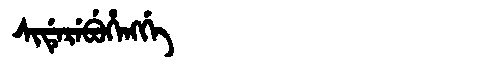
Manchu: ᠰᡳᡩᡝᡵᡝᠪᡠᡥᡝᠩᡤᡝ
Romanization: SIDEREBUHENGGE